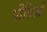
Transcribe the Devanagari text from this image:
यौतिओं